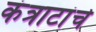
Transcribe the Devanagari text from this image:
कंत्राटांचे